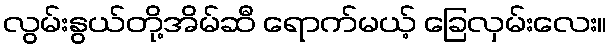
လွမ်းနွယ်တို့အိမ်ဆီ ရောက်မယ့် ခြေလှမ်းလေး။